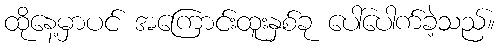
ထိုနေ့မှာပင် အကြောင်းထူးနှစ်ခု ပေါ်ပေါက်ခဲ့သည်။